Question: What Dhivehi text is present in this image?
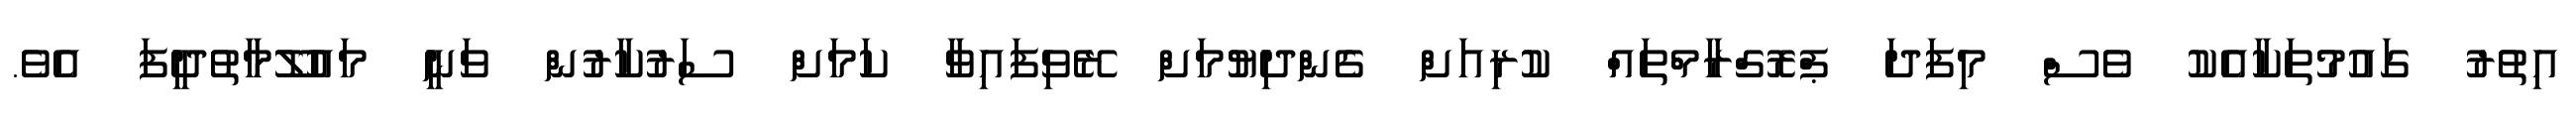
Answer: އިތުރު ގައުމުތަކާއެކު ވެސް މިފަދަ ޕްރޮގްރާމްތައް ކުރިއަށް ގެންދިޔުމަށް ރޭވިފައިވާ ކަމަށް ސަރުކާރުން ވަނީ މައުލޫމާތުދީފަ އެވެ.